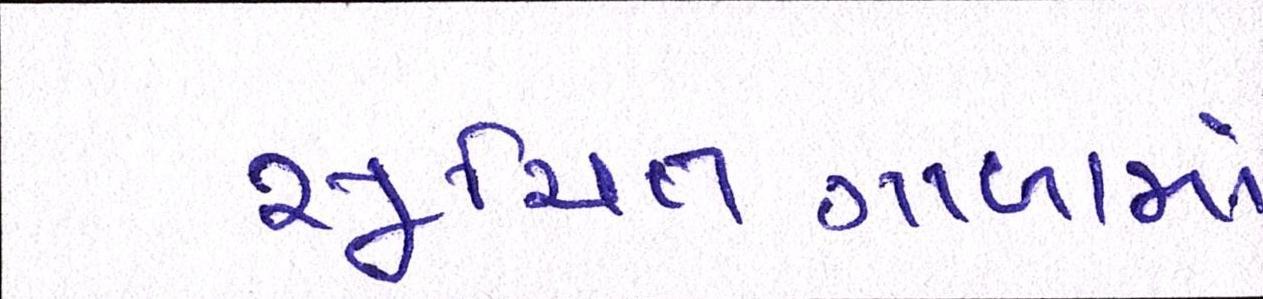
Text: સૂચિતગાળામાં